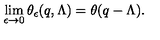
\lim _ { \epsilon \rightarrow 0 } \theta _ { \epsilon } ( q , \Lambda ) = \theta ( q - \Lambda ) .